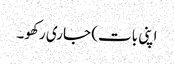
اپنی بات) جاری رکھو۔